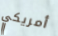
أمريكي